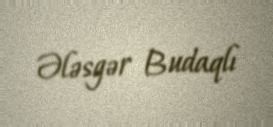
Ələsgər Budaqlı